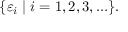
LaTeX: \{ \varepsilon _ { i } \mid i = 1 , 2 , 3 , \ldots \} .